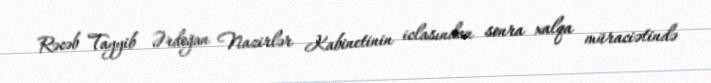
Rəcəb Tayyib Ərdoğan Nazirlər Kabinetinin iclasından sonra xalqa müraciətində